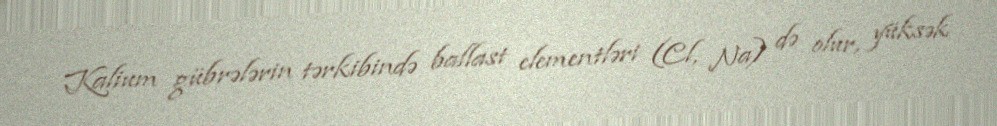
Kalium gübrələrin tərkibində ballast elementləri (Cl, Na) də olur, yüksək